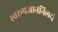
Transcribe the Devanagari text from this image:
स्वरूपज्ञाननिलयं